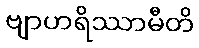
ဗျာဟရိဿာမီတိ